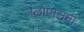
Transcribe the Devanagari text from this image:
जलोपासना